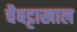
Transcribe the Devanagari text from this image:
चैबट्टाखाल